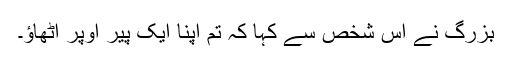
بزرگ نے اُس شخص سے کہا کہ تم اپنا ایک پیر اوپر اُٹھاؤ۔